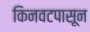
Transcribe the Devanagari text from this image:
किनवटपासून